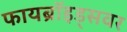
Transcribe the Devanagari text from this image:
फायब्रॉइड्‌सवर